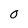
Character: 0